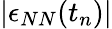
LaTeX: |\epsilon_{NN}(t_{n})|